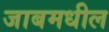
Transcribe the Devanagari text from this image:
जाबमधील